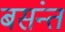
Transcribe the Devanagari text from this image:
बसंन्त